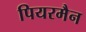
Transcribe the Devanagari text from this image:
पियरमैन